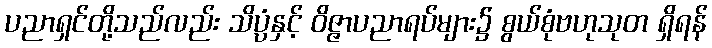
ပညာရှင်တို့သည်လည်း သိပ္ပံနှင့် ဝိဇ္ဇာပညာရပ်များ၌ စွယ်စုံဗဟုသုတ ရှိရန်